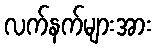
လက်နက်များအား